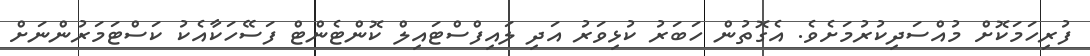
ފުރިހަމަކޮށް މުއްސަދިކުރުމަށެވެ. އެގޮތުން ހަބަރު ކުޅިވަރު އަދި ލައިފްސްޓައިލް ކޮންޓެންޓް ފަސޭހަކާއެކު ކަސްޓަމަރުންނަށް